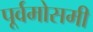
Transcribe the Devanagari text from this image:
पूर्वमोसमी